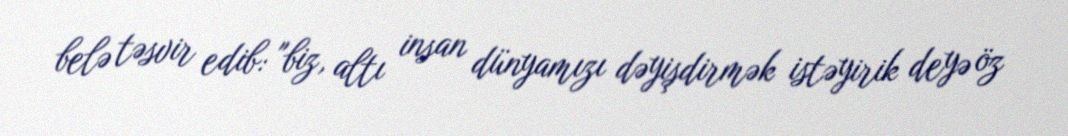
belə təsvir edib: "biz, altı insan dünyamızı dəyişdirmək istəyirik deyə öz